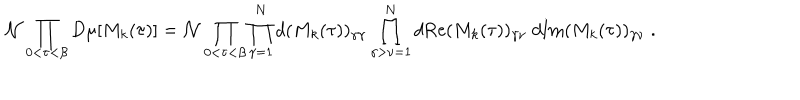
LaTeX: { \cal N } \prod _ { 0 < \tau < \beta } D \mu [ M _ { k } ( \tau ) ] = { \cal N } \prod _ { 0 < \tau < \beta } \prod _ { \gamma = 1 } ^ { N } d ( M _ { k } ( \tau ) ) _ { \gamma \gamma } \prod _ { \gamma > \nu = 1 } ^ { N } d \mathrm { R e } ( M _ { k } ( \tau ) ) _ { \gamma \nu } \; d \mathrm { I m } ( M _ { k } ( \tau ) ) _ { \gamma \nu } \; .